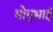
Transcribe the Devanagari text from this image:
मोगुभाई